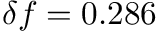
\delta f = 0 . 2 8 6